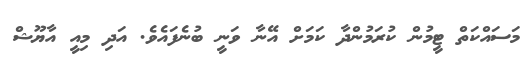
މަސައްކަތް ޓީމުން ކުރަމުންދާ ކަމަށް އޭނާ ވަނީ ބުނެފައެވެ. އަދި މިއީ އާޔޫޝް